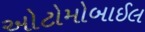
ઓટોમોબાઈલ